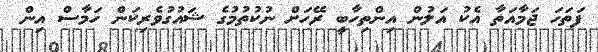
ފަތަހަ ޖަމާއަތާ އެކު އަލުން އިންތިހާބީ ރޭހަށް ނުކުތުމުގެ ޝައުގުވެރިކަން ހަމާސް އިން